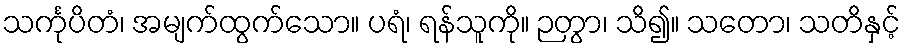
သင်္ကုပိတံ၊ အမျက်ထွက်သော။ ပရံ၊ ရန်သူကို။ ဉတွာ၊ သိ၍။ သတော၊ သတိနှင့်